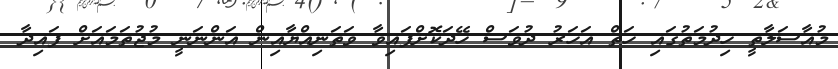
މުއާސަލާތީ ހިދުމަތުގައި ހަތް އަހަރު ދުވަސް ހޭދަކޮށްފައިވާ ވަތަނިއްޔާއިން އަންނަނީ މުޖުތަމައަށް ފައިދާ